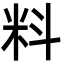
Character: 料